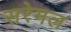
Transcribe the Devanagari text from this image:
सरेमल